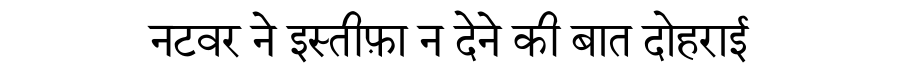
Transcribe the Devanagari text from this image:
नटवर ने इस्तीफ़ा न देने की बात दोहराई